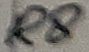
Text: R8